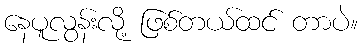
နေပူလွန်းလို့ ဖြစ်တယ်ထင် တာပဲ။